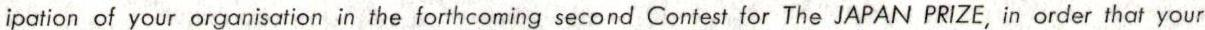
ipation of your organisation in the forthcoming second Contest for The JAPAN PRIZE ,in order that your